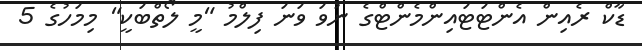
ޑާކް ރެއިން އެންޓަޓައިންމެންޓްގެ ނުވަ ވަނަ ފިލްމު "މީ ލޯތްބަކީ" މިމަހުގެ 5